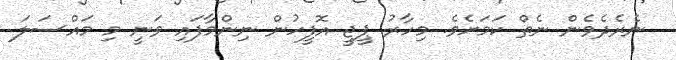
ނެރެދެވެން ނެތް ކަމަށެވެ. މިހާރު ޕީޖީ އޮފީހުން ނިންމާފައި ވަނީ މި މައްސަލަ